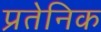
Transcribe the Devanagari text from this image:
प्रतेनिक